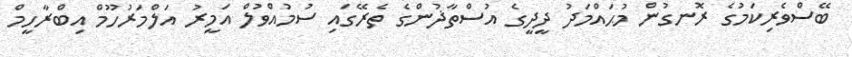
ބޭސްވެރިކަމުގެ ރޮނގުން މުޙައްމަދު ދީދީގެ އުސްތާޛުންގެ ތެރޭގައި ސުމުއްވުލް އަމީރު އަލްމަރުހޫމް އިބްރާހީމް